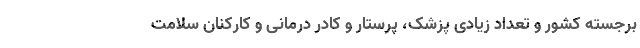
برجسته کشور و تعداد زیادی پزشک، پرستار و کادر درمانی و کارکنان سلامت